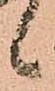
候